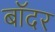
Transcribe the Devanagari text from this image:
बॉदर